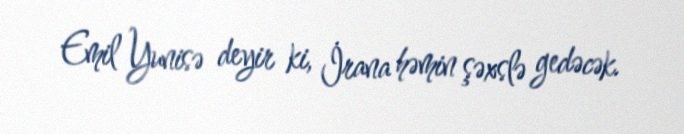
Emil Yunisə deyir ki, İrana həmin şəxslə gedəcək.